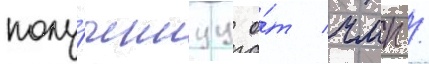
полу́ченнуу о́т чмп /